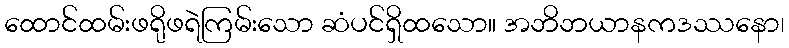
ထောင်ထမ်းဖရိုဖရဲကြမ်းသော ဆံပင်ရှိထသော။ အဘိဘယာနကဒဿနော၊